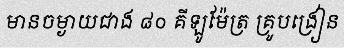
មានចម្ងាយជាង ៨០ គីឡូម៉ែត្រ គ្រូបង្រៀន